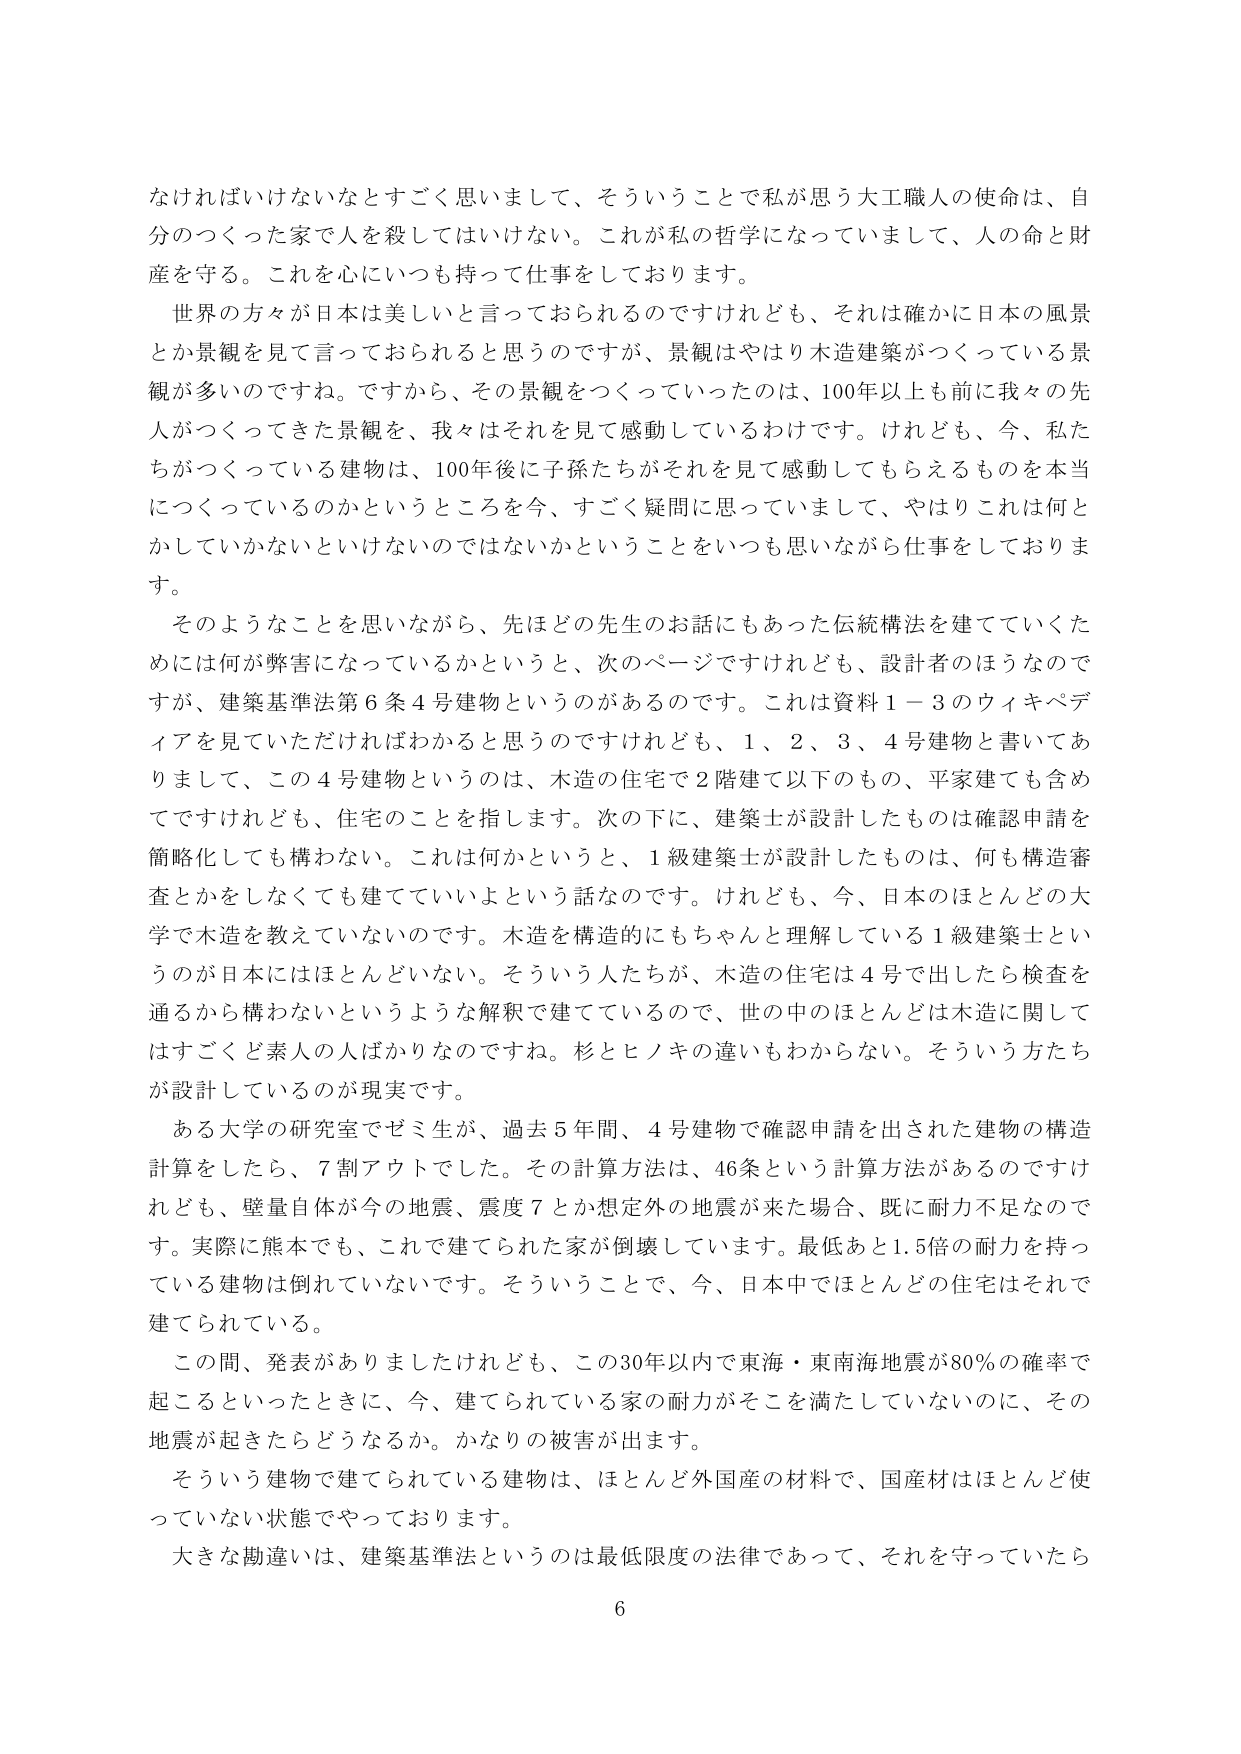
なければいけないなとすごく思いまして、そういうことで私が思う大工職人の使命は、自分のつくった家で人を殺してはいけない。これが私の哲学になっていまして、人の命と財産を守る。これを心にいつも持って仕事をしております。

世界の方々が日本は美しいと言っておられるのですけれども、それは確かに日本の風景とか景観を見て言っておられると思うのですが、景観はやはり木造建築がつくっている景観が多いのですね。ですから、その景観をつくっていったのは、100年以上も前に我々の先人がつくってきた景観を、我々はそれを見て感動しているわけです。けれども、今、私たちがつくっている建物は、100年後に子孫たちがそれを見て感動してもらえるものを本当につくっているのかというところを今、すごく疑問に思っていまして、やはりこれは何とかしていかないといけないのではないかということをいつも思いながら仕事をしております。

そのようなことを思いながら、先ほど先生のお話にもあった伝統構法を建てていくためには何が弊害になっているかというと、次のページですけれども、設計者のほうなのですが、建築基準法第6条4号建物というのがあるのです。これは資料1－3のウィキペディアを見ていただければわかると思うのですけれども、1、2、3、4号建物と書いてありますし、この4号建物というのは、木造の住宅で2階建て以下のもの、平家建ても含めてですけれども、住宅のことを指します。次の下に、建築士が設計したものは確認申請を簡略化しても構わない。これは何かというと、1級建築士が設計したものは、何も構造審査とかをしなくても建てていいよという話なのです。けれども、今、日本のほとんどの大学で木造を教えていないのです。木造を構造的にもちゃんと理解している1級建築士というのが日本にはほとんどいない。そういう人たちが、木造の住宅は4号で出したら検査を通るから構わないというような解釈で建てているので、世の中のほとんどは木造に関してはすごく素人の人ばかりなのですね。杉とヒノキの違いもわからない。そういう人たちが設計しているのが現実です。

ある大学の研究室でゼミ生が、過去5年間、4号建物で確認申請を出された建物の構造計算をしたら、7割アウトでした。その計算方法は、46条という計算方法があるのですけれども、壁量自体が今の地震、震度7とか想定外の地震が来た場合、既に耐力不足なのです。実際に熊本でも、これで建てられた家が倒壊しています。最低あと1.5倍の耐力を持っている建物は倒れていないです。そういうことで、今、日本中でほとんどの住宅はそれで建てられている。

この間、発表がありましたけれども、この30年以内で東海・東南海地震が80％の確率で起こるといったときに、今、建てられている家の耐力がそこを満たしていないのに、その地震が起きたらどうなるか。かなりの被害が出ます。

そういう建物で建てられている建物は、ほとんど外国産の材料で、国産材はほとんど使っていない状態でやっております。

大きな勘違いは、建築基準法というのは最低限度の法律であって、それを守っていたら

6